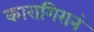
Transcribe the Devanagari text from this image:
कारागिरानं